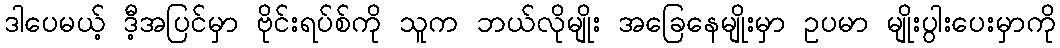
ဒါပေမယ့် ဒီ့အပြင်မှာ ဗိုင်းရပ်စ်ကို သူက ဘယ်လိုမျိုး အခြေနေမျိုးမှာ ဥပမာ မျိုးပွါးပေးမှာကို